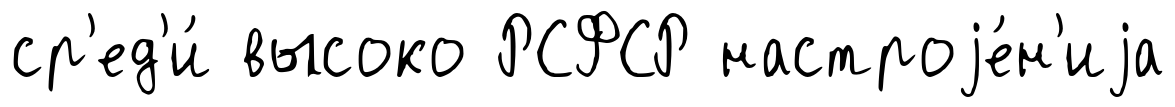
ср'ед'и́ высоко РСФСР настроjе́н'иjа